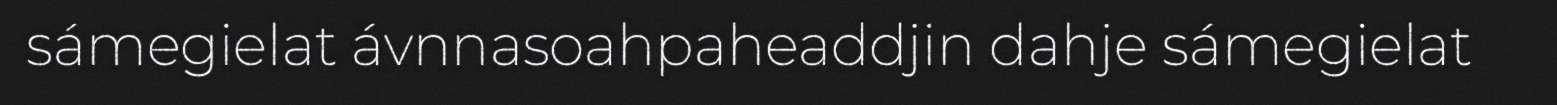
sámegielat ávnnasoahpaheaddjin dahje sámegielat